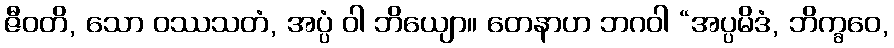
ဇီဝတိ, သော ဝဿသတံ, အပ္ပံ ဝါ ဘိယျော။ တေနာဟ ဘဂဝါ “အပ္ပမိဒံ, ဘိက္ခဝေ,